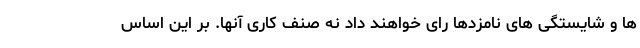
ها و شایستگی های نامزدها رای خواهند داد نه صنف کاری آنها. بر این اساس